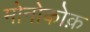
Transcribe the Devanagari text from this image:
मोनोकोक़